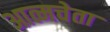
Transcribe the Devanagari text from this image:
आत्मचेता